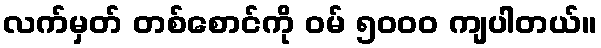
လက်မှတ် တစ်စောင်ကို ဝမ် ၅၀၀၀ ကျပါတယ်။